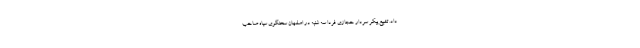
داد. تشییع پیکر سردار حجازی فردا سه شنبه در اصفهان سخنگوی سپاه صاحب